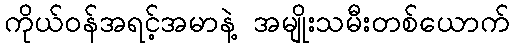
ကိုယ်ဝန်အရင့်အမာနဲ့ အမျိုးသမီးတစ်ယောက်